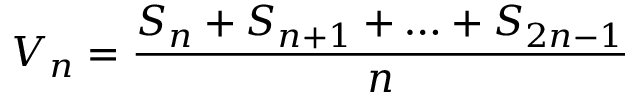
V _ { n } = { \frac { S _ { n } + S _ { n + 1 } + \ldots + S _ { 2 n - 1 } } { n } }